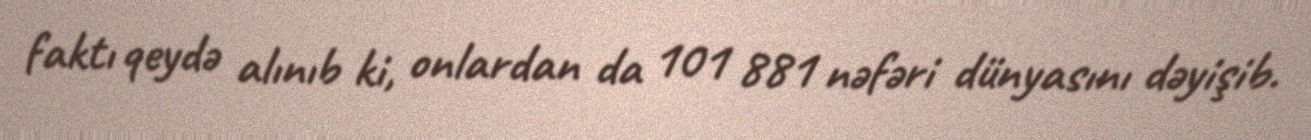
faktı qeydə alınıb ki, onlardan da 101 881 nəfəri dünyasını dəyişib.